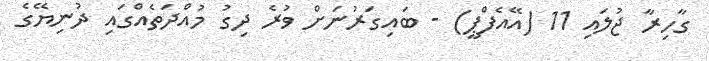
ގާހިރާ ޖުލައި 11 (އޭއެފްޕީ) - ބައިގަރުނަށް ވުރެ ދިގު މުއްދަތެއްގައި ދުނިޔޭގެ